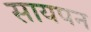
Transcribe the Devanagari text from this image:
सायपन